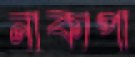
নাকাপা